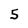
Character: 5